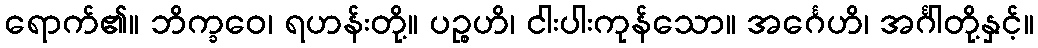
ရောက်၏။ ဘိက္ခဝေ၊ ရဟန်းတို့။ ပဉ္စဟိ၊ ငါးပါးကုန်သော။ အင်္ဂေဟိ၊ အင်္ဂါတို့နှင့်။